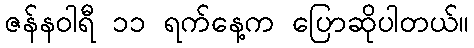
ဇန်နဝါရီ ၁၁ ရက်နေ့က ပြောဆိုပါတယ်။